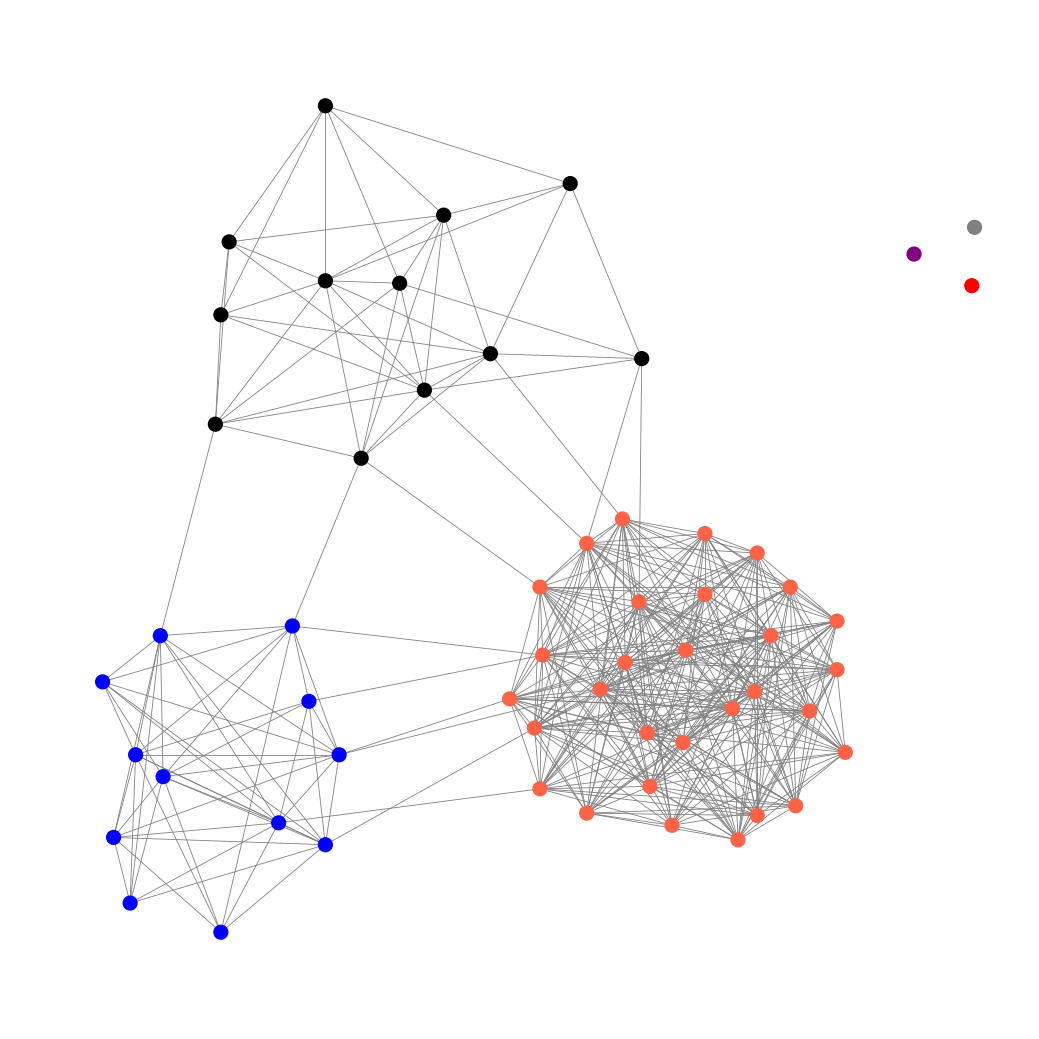
Graph connected: No
Number of connected components: 4
Number of singletons: 3
Total number of nodes: 57
Total number of edges: 418
Number of communities: 6
Community sizes:
Black: 12
Blue: 12
Gray: 1
Purple: 1
Red: 1
Tomato: 30
Graph layout: tda
Graph generation method: erdos_renyi